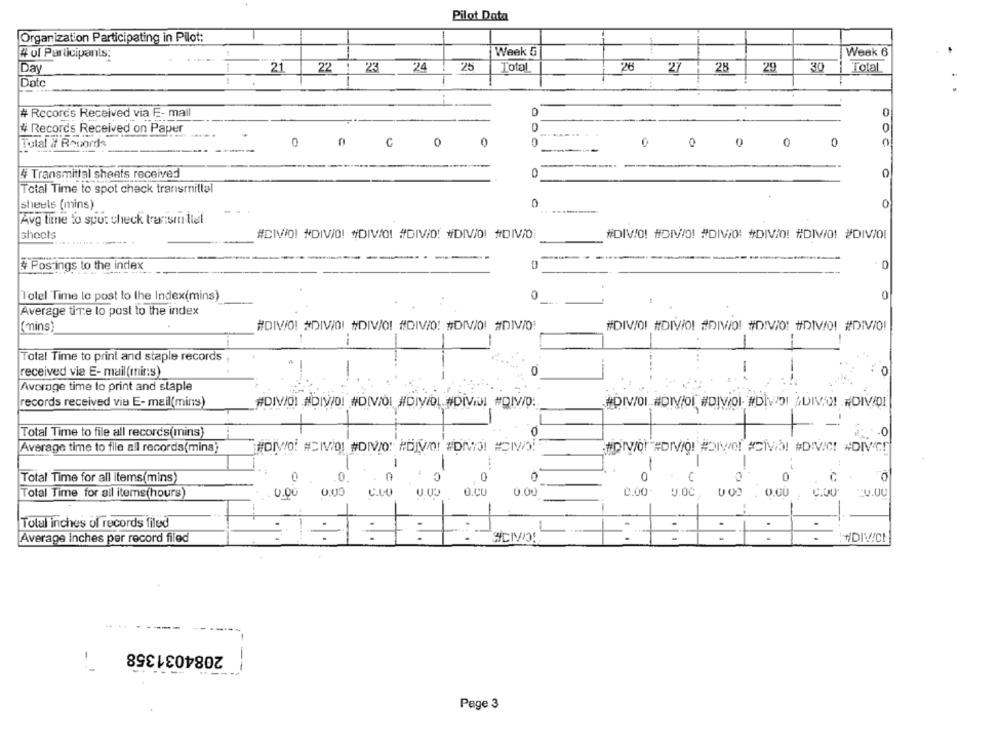
Pilot Data
Organization Participating in Pilot:
Week &
Weak 6
4 of Participants:
22
1
224
25
Total
28
29
30
Total
Day
21
23
26
27 H
Date
D
# Records Received via E- mail
0
# Records Received on Paper
0
n
0
0
0
Tulal if Records
C
0
0
# Transmittal sheets received
0
Total Time to spot check transmillal
sheets (mins)
0
0
Avg time to spot check tracismittel
shoots
#CIVIO! #DIVIO! "DIVIO! #DIVID! #DIV/O! #DIV/O
#DIVO! #DIVIO! #DIVIO! #DIVIO! #DIV/01 #DIVIOL
# Postings to the index
Totel 'Time le post to the Index(mins)
0
0
44
Average time to post to the index
(mins)
#DIVIO! #DIVIO! #/DIV/O! #DIVIO: #DIV/O! #DIV/0!
#DIV/O! #DIVIO! #DIVIO! #DIVIO! #DIV/0! #DIV/0I
--
Total Time to print and staple records
received via E- mail(mir:s)
0
0
Average time to print and staple
records received via E-mail(mins)
#DIV/OI #DIV/0! #DIVIOL #DIV/DL #DIVIUl #DIV/D:
#DIVOL.#DIVOI #DIVOI. #DIVOI ADIVA! ~ DIVIDI
Total Time to file all records(mins)
Average time to file all records(mins)
NOIVO! #CIVIO! #DIVIO: POJVOI WDMIO! #CIVIO!
#DIV/Q!"#DIVO! #DIWO! ACIVAS! #DIVIC! #DIVIC!
-
....
-
Total Time for all items(mins)
0
0
0
€
0
0
Total Time for all items(hours)
U.0
0.00
C.LU
O.CU
0.00
0.00
U.OC
0.00
0.00
.U.UU
Total inches of records filed
Average Inches per record filed
SCIVOL
=1:
INDIVICH
2084031358
--
Page 3